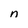
Character: n